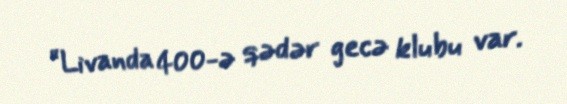
“Livanda 400-ə qədər gecə klubu var.